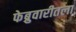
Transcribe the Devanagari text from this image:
फेब्रुवारीतला